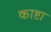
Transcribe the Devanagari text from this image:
काष्टा